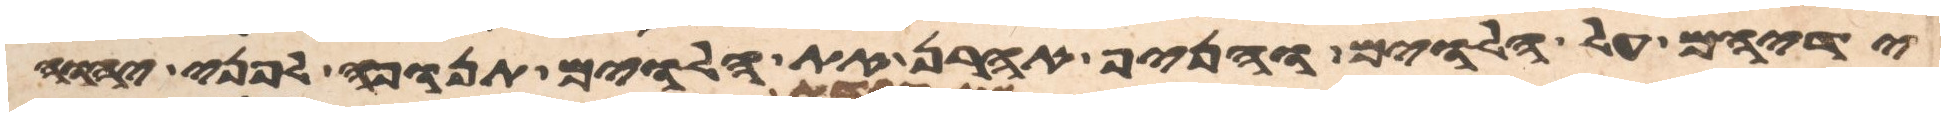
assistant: ידיהם על הלוים והניף אהרן את הלוים תנופה לפני יהוה